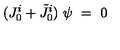
( J _ { 0 } ^ { i } + \tilde { J } _ { 0 } ^ { i } ) \ \psi \ = \ 0